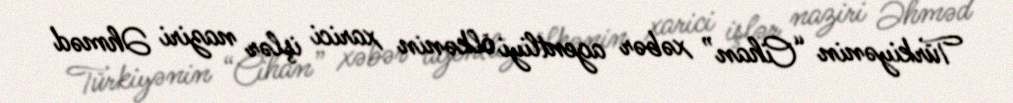
Türkiyənin “Cihan” xəbər agentliyi ölkənin xarici işlər naziri Əhməd